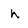
Character: h